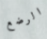
الرضع